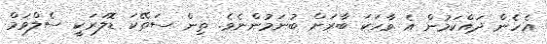
އެހެން ދައްކަމުން އެ ވާހަަކަ ބާރަށް ބުނަމުންނެވެ. ތިން ސަތޭކަ ޑޮލަރަކީ ސެލްވަމް